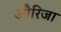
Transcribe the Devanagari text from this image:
औरिजा